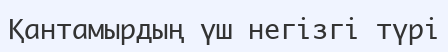
Қантамырдың үш негізгі түрі